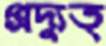
প্রদ্যুত্